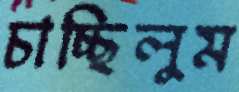
চাচ্ছিলুম